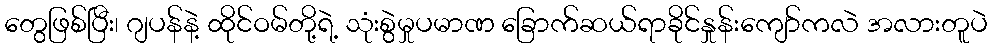
တွေဖြစ်ပြီး၊ ဂျပန်နဲ့ ထိုင်ဝမ်တို့ရဲ့ သုံးစွဲမှုပမာဏ ခြောက်ဆယ်ရာခိုင်နှုန်းကျော်ကလဲ အလားတူပဲ